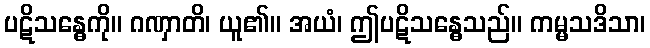
ပဋိသန္ဓေကို။ ဂဏှာတိ၊ ယူ၏။ အယံ၊ ဤပဋိသန္ဓေသည်။ ကမ္မသဒိသာ၊